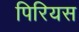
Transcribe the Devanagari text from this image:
पिरियस